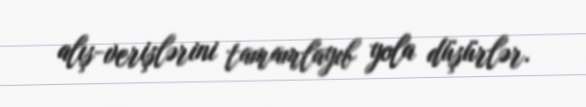
alış-verişlərini tamamlayıb yola düşürlər.